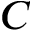
C